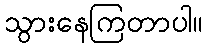
သွားနေကြတာပါ။